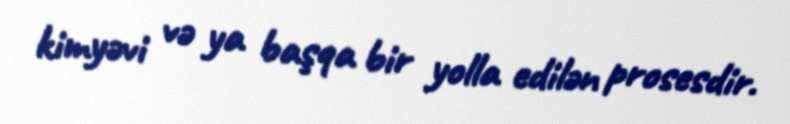
kimyəvi və ya başqa bir yolla edilən prosesdir.